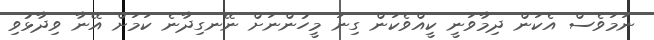
ނަމަވެސް އެކަން ދިމާވަނީ ކީއްވެކަން ގިނަ މީހުންނަށް ނޭނގިދާނެ ކަމަށް އޭނާ ވިދާޅުވި